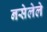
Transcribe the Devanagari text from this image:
नसेलेले